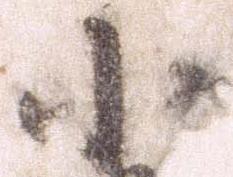
小